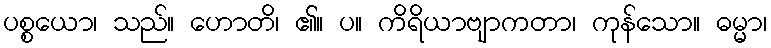
ပစ္စယော၊ သည်။ ဟောတိ၊ ၏။ ပ။ ကိရိယာဗျာကတာ၊ ကုန်သော။ ဓမ္မာ၊